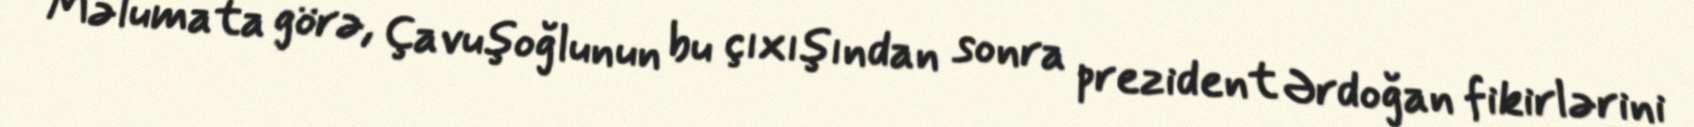
Məlumata görə, Çavuşoğlunun bu çıxışından sonra prezident Ərdoğan fikirlərini